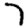
Digit: 7